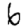
Digit: 6